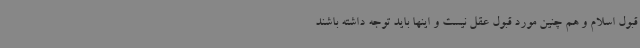
قبول اسلام و هم چنین مورد قبول عقل نیست و اینها باید توجه داشته باشند